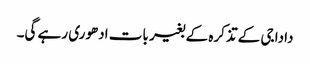
دادا جی کے تذکرہ کے بغیر بات ادھوری رہے گی۔